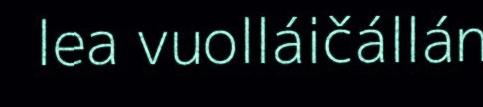
lea vuolláičállán